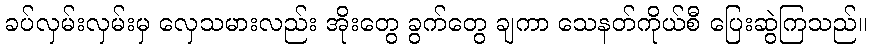
ခပ်လှမ်းလှမ်းမှ လှေသမားလည်း အိုးတွေ ခွက်တွေ ချကာ သေနတ်ကိုယ်စီ ပြေးဆွဲကြသည်။